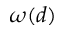
\omega ( d )